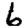
Digit: 6